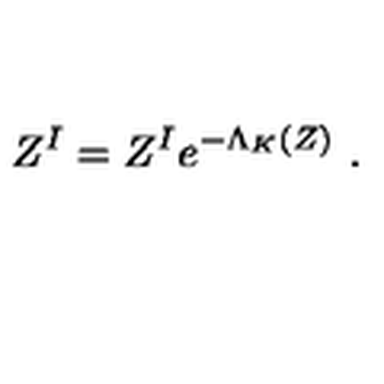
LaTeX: Z ^ { I } = Z ^ { I } e ^ { - \Lambda _ { K } ( Z ) } \ .